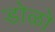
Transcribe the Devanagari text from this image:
डोळो